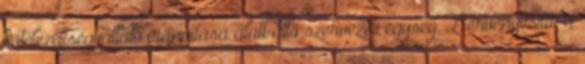
kötelezettségvállaló irányítása alatt álló szervezeti egység, 2. érvényesítő: a